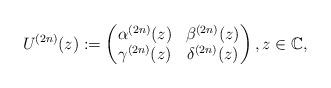
LaTeX: \begin{align*} U^{(2n)}(z):= \begin{pmatrix} \alpha^{(2n)}(z) & \beta^{(2n)}(z)\\ \gamma^{(2n)} (z)& \delta^{(2n)}(z) \end{pmatrix},z\in {\mathbb C}, \end{align*}